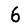
Digit: 6